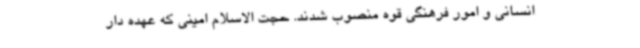
انسانی و امور فرهنگی قوه منصوب شدند. حجت الاسلام امینی که عهده دار